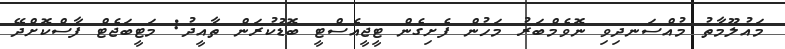
މައުލޫމާތު މުއްސަނދިވި ނޮވެމްބަރު މަހުން ފެށިގެން ޓީޖީއެސްޓީ ބޮޑުކުރަން ތާއީދު: މަޓީބަޖެޓް ފާސްކޮށްދޭ